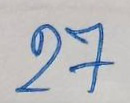
27